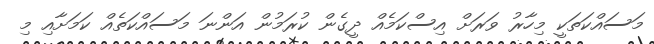
މަސައްކަތަކީ މިހާރު ވަރަށް އިސްކަމެއް ދީގެން ކުރަމުން އަންނަ މަސައްކަތެއް ކަމަށާއި މި